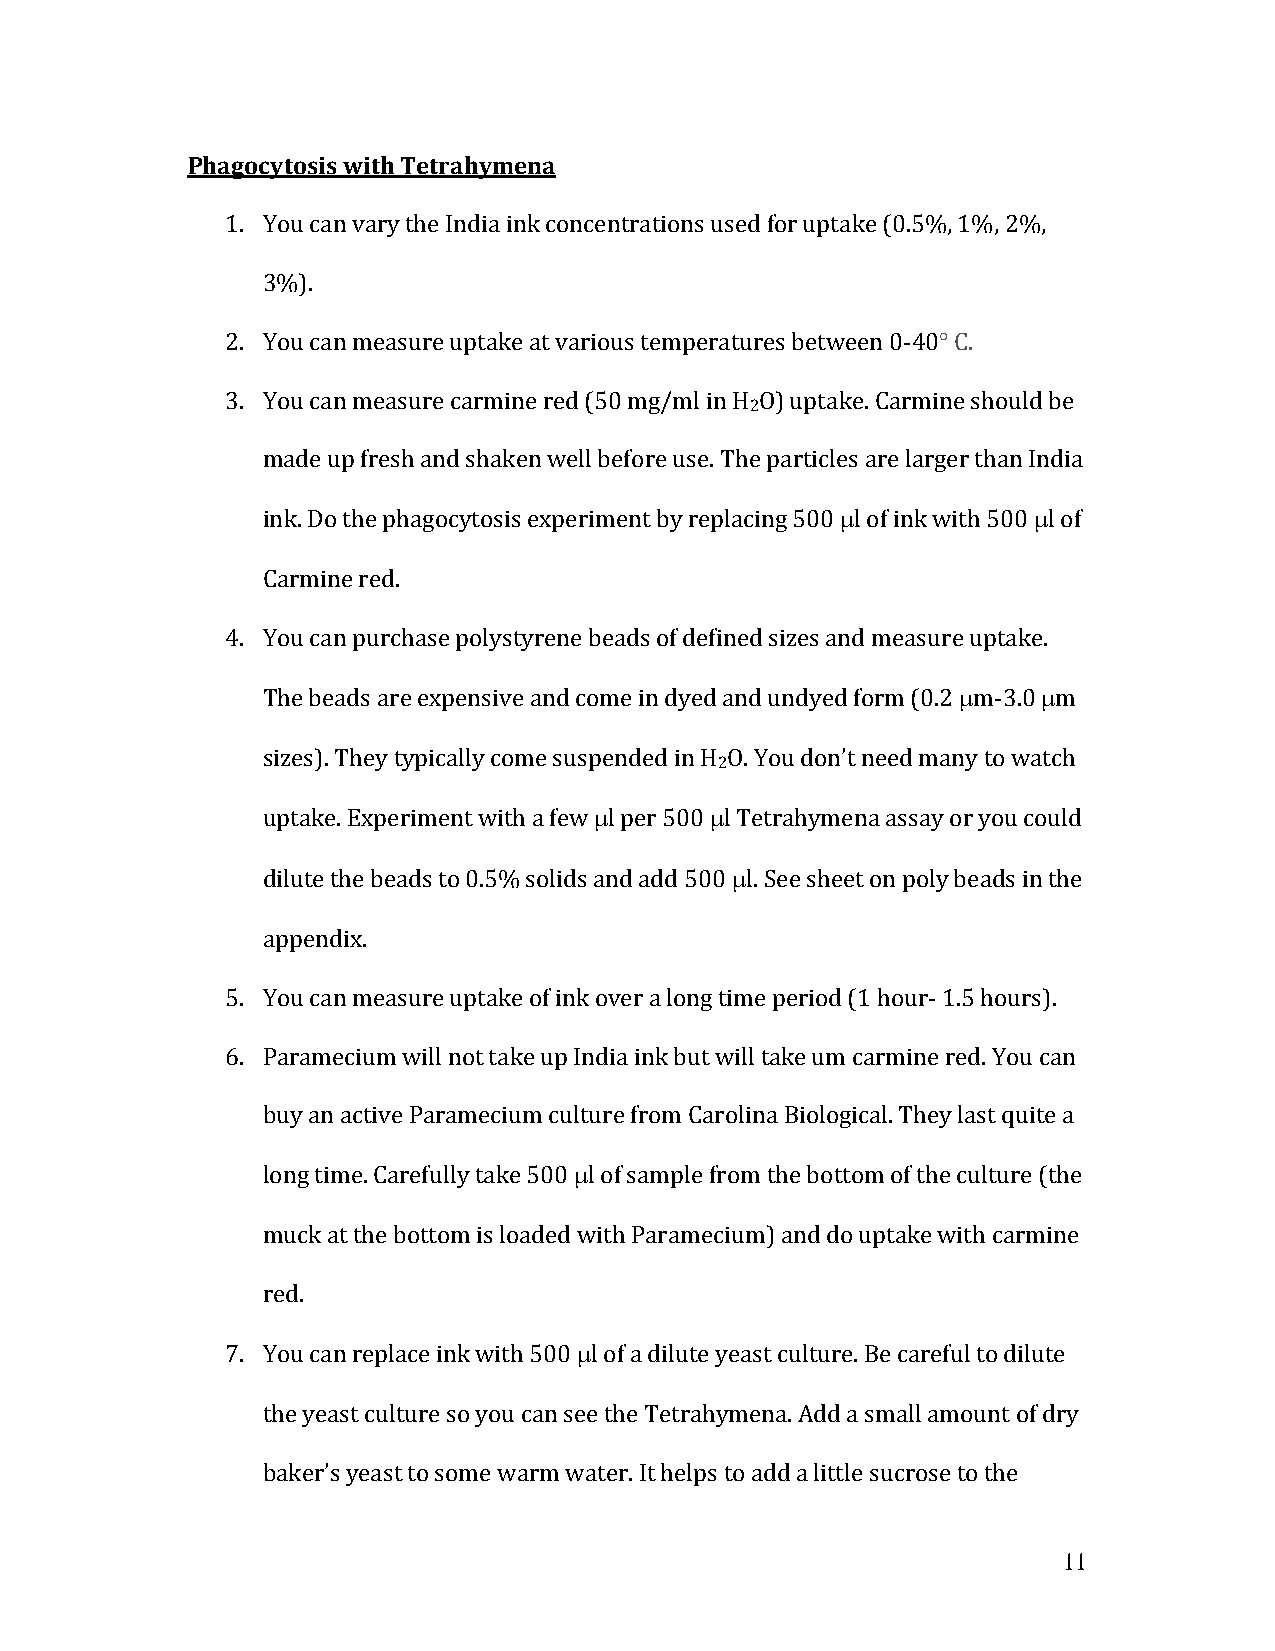
Phagocytosis with Tetrahymena
 1. You can vary the India ink concentrations used for uptake (0.5%, 1%, 2%,
 3%).
 2. You can measure uptake at various temperatures between 0-40° C.
 3. You can measure carmine red (50 mg/ml in H O) uptake. Carmine should be
 2
 made up fresh and shaken well before use. The particles are larger than India
 ink. Do the phagocytosis experiment by replacing 500 l of ink with 500 l of
 Carmine red.
 4. You can purchase polystyrene beads of defined sizes and measure uptake.
 The beads are expensive and come in dyed and undyed form (0.2 m-3.0 m
 sizes). They typically come suspended in H O. You don’t need many to watch
 2
 uptake. Experiment with a few l per 500 l Tetrahymena assay or you could
 dilute the beads to 0.5% solids and add 500 l. See sheet on poly beads in the
 appendix.
 5. You can measure uptake of ink over a long time period (1 hour- 1.5 hours).
 6. Paramecium will not take up India ink but will take um carmine red. You can
 buy an active Paramecium culture from Carolina Biological. They last quite a
 long time. Carefully take 500 l of sample from the bottom of the culture (the
 muck at the bottom is loaded with Paramecium) and do uptake with carmine
 red.
 7. You can replace ink with 500 l of a dilute yeast culture. Be careful to dilute
 the yeast culture so you can see the Tetrahymena. Add a small amount of dry
 baker’s yeast to some warm water. It helps to add a little sucrose to the
 11